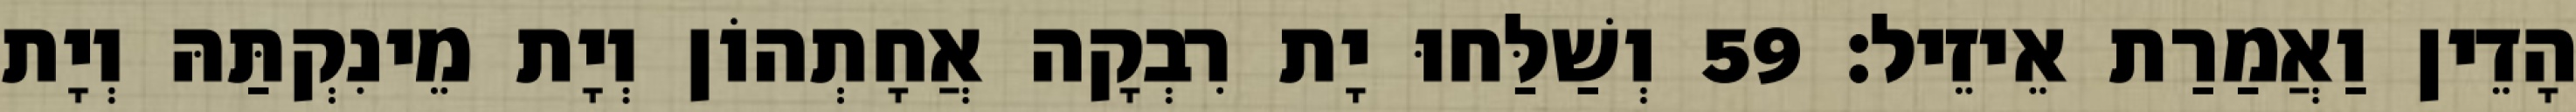
הָדֵין וַאֲמַרַת אֵיזֵיל׃ 59 וְשַׁלַּחוּ יָת רִבְקָה אֲחָתְהוֹן וְיָת מֵינִקְתַּהּ וְיָת